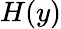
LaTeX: H(y)